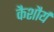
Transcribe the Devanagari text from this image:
कैशौर्य